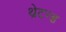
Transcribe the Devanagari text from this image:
थ्रेटन्ड